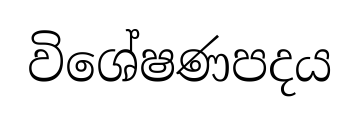
විශේෂණපදය